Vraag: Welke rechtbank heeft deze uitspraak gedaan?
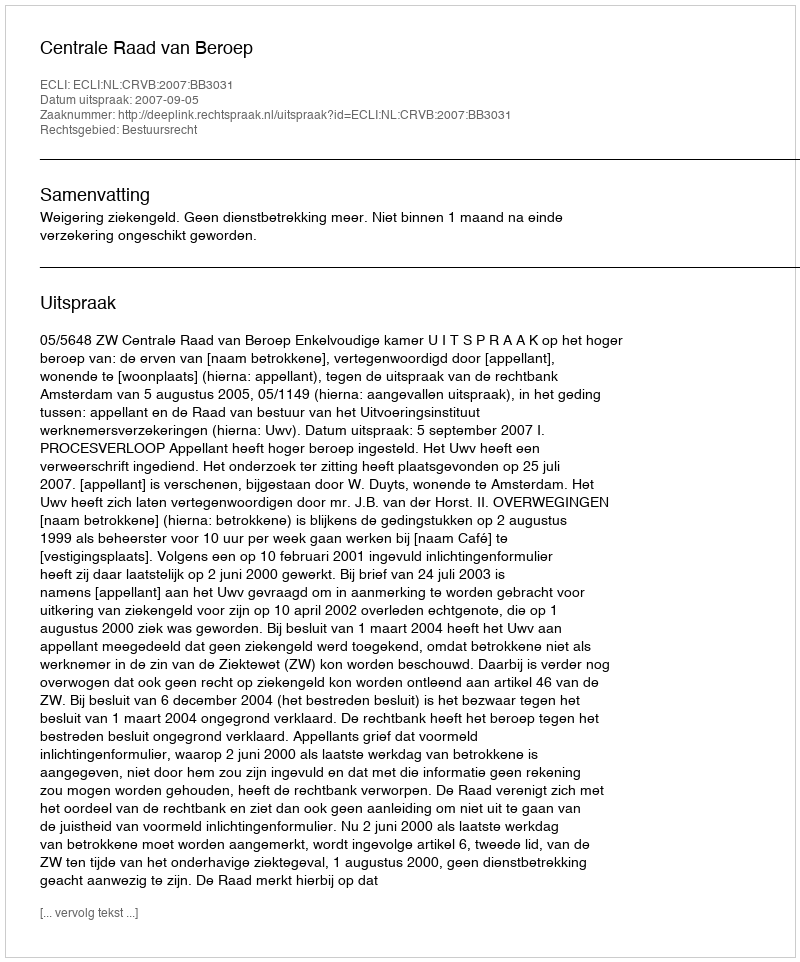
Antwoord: Centrale Raad van Beroep